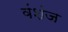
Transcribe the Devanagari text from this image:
वंशंज